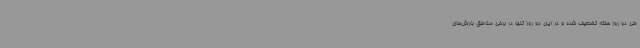
طی دو روز هفته تضعیف شده و در این دو روز تنها در برخی مناطق بارش‌های